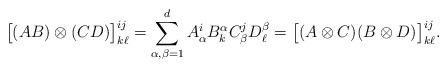
LaTeX: \begin{align*} \big[(AB) \otimes (CD)\big]^{ij}_{k\ell} = \sum_{\alpha,\beta=1}^d A^i_\alpha B^\alpha_k C^j_\beta D^\beta_\ell = \big[ (A\otimes C) (B\otimes D) \big]^{ij}_{k\ell}.\end{align*}